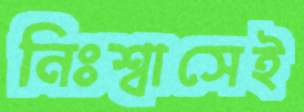
নিঃশ্বাসেই